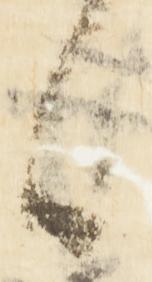
候